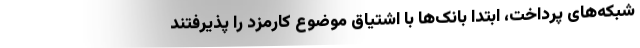
شبکه‌های پرداخت، ابتدا بانک‌ها با اشتیاق موضوع کارمزد را پذیرفتند